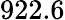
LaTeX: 922.6